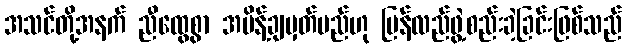
အသင်တို့အနက် ညီထွေစွာ အမိန့်ချမှတ်မည်ဟု ပြန်လည်ဖွဲ့စည်းခဲ့ခြင်းဖြစ်သည်